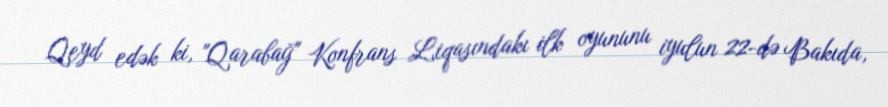
Qeyd edək ki, "Qarabağ" Konfrans Liqasındakı ilk oyununu iyulun 22-də Bakıda,